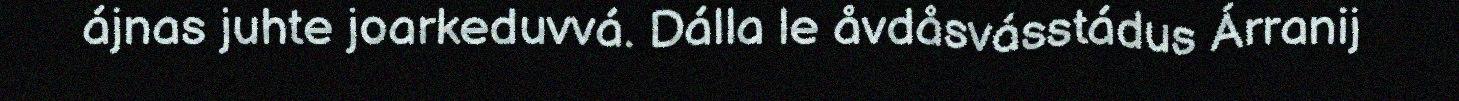
ájnas juhte joarkeduvvá. Dálla le åvdåsvásstádus Árranij